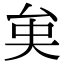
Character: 𠫪